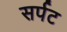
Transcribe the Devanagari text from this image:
सर्पट